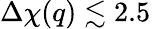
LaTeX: \Delta\chi(q)\lesssim 2.5\